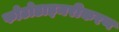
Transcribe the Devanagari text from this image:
फोटोडाइमरीकरण